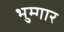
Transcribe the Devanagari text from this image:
भुम्गार